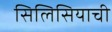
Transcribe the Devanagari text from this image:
सिलिसियाची